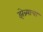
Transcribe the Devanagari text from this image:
झेब्र्याचा